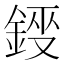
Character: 𮢂